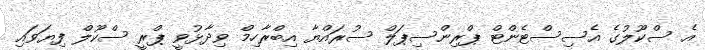
އެ ސްކޫލުގެ އެސިސްޓެންޓް ޕްރިންސިޕަލް ސުރައްޔާ އިބްރާހިމް ވިދާޅުވީ ޕްރީ ސްކޫލް ފިޔަވައި